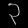
Digit: ၃